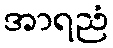
အာရညံ